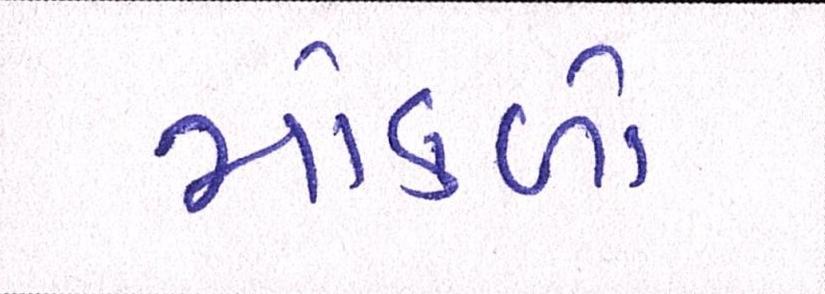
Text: મોકળો